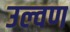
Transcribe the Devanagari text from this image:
उल्वण